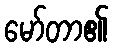
မော်တာ၏